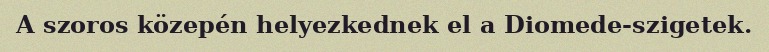
A szoros közepén helyezkednek el a Diomede-szigetek.